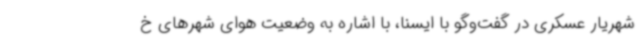
شهریار عسکری در گفت‌وگو با ایسنا، با اشاره به وضعیت هوای شهرهای خ